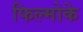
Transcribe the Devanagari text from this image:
फिल्मोके